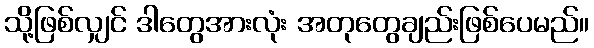
သို့ဖြစ်လျှင် ဒါတွေအားလုံး အတုတွေချည်းဖြစ်ပေမည်။